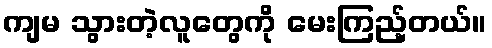
ကျမ သွားတဲ့လူတွေကို မေးကြည့်တယ်။